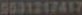
5031217417